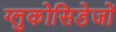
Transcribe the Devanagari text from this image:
ग्लुकोसिडेजों